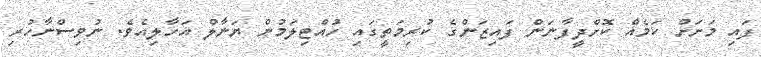
ފައި މަށަށް ކަމެއް ކޮށްދީފާނަން ފައިޒަންގެ ކުރިމަތީގައި ހުއްޓިލަމުން ޔަނާލް އަހާލިއެވެ. ނުވިސްނާހުރި